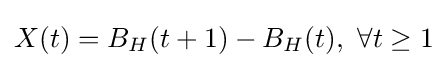
X(t)=B_{H}(t+1)-B_{H}(t),~\forall t\geq 1